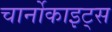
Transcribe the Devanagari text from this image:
चार्नोकाइट्स